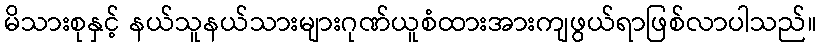
မိသားစုနှင့် နယ်သူနယ်သားများဂုဏ်ယူစံထားအားကျဖွယ်ရာဖြစ်လာပါသည်။